Civil Veterinary Department. United Provinces 1932-42 - 1932-1942
Year: 1932
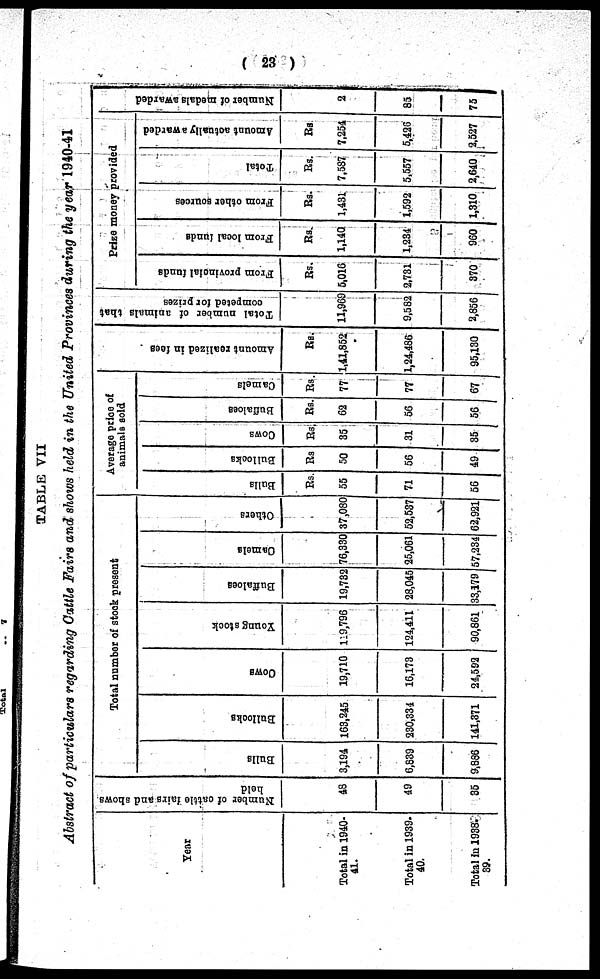
( 23 )
TABLE VII
Abstract of particulars regarding Cattle Fairs and shows held in the United Provinces during the year 1940-41
Year
Total in 1940-
41.
Total in 1939-
40.
Total in 1938-
39.
Number of cattle
fairs and shows
held
48
49
35
Total number of stock present
Bulls
3,194
6,839
9,886
Bullocks
163,245
230,334
141,371
COWS
19,710
16,173
24,592
Young stock
119,796
124,411
90,861
Buffaloes
19,732
28,045
33,179
Camels
76,330
25,061
57,234
Others
37,080
52,537
62,921
Average price of
animals sold
Bulls
Rs.
55
71
56
Bullocks
Rs
50
56
49
Cows
Rs.
35
31
35
Buffaloes
Rs.
62
56
56
Camels
Rs.
77
77
67
Amo u n t r e a l i z e d in fees
Rs.
1,41,852
1,24,486
95,130
Total number of animals that
competed for prizes
11,969
9,582
2,856
Prize money provided
From provincial funds
Rs.
5,016
2,731
370
From local funds
Rs.
1,140
1,234
960
From other sources
Rs.
1,431
1,592
1,310
Total
Rs.
7,587
5,557
2,640
Amount actually awarded
Rs.
7,254
5,426
2,527
Number of medals aw
2
85
75